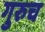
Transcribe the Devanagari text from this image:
गुरुच